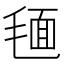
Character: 𣮻